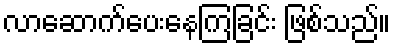
လာဆောက်ပေးနေကြခြင်း ဖြစ်သည်။